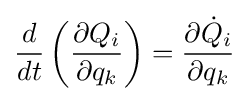
{\frac {d}{dt}}\left({\frac {\partial Q_{i}}{\partial q_{k}}}\right)={\frac {\partial {\dot {Q}}_{i}}{\partial q_{k}}}